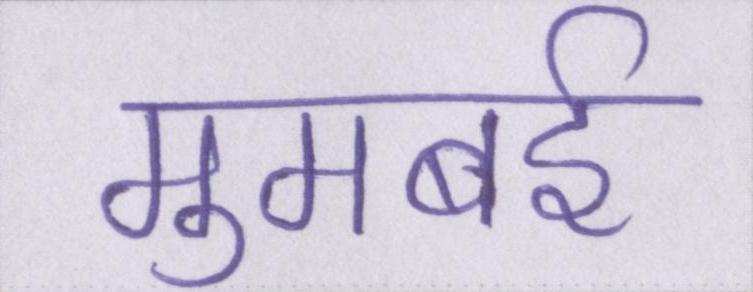
मुमबई